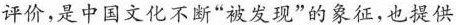
评价,是中国文化不断“被发现”的象征,也提供